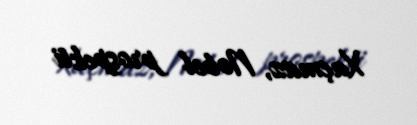
Xaçmaz, Nobel prospekti